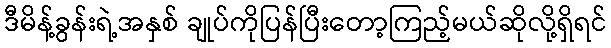
ဒီမိန့်ခွန်းရဲ့အနှစ် ချုပ်ကိုပြန်ပြီးတော့ကြည့်မယ်ဆိုလို့ရှိရင်